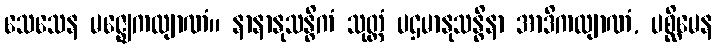
သေသေန မဇ္ဈေကလျာဏံ။ နာနာနုသန္ဓိကံ သုတ္တံ ပဌမာနုသန္ဓိနာ အာဒိကလျာဏံ, ပစ္ဆိမေန